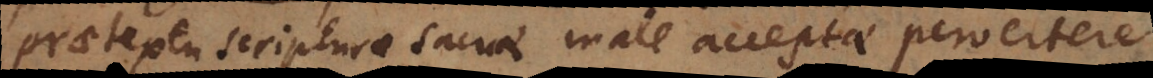
praetextu Scripturae Sacrae male acceptae pervertere